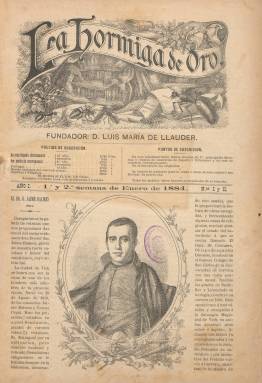
Título: La Hormiga de oro
Otros títulos: Ilustración católica, la hormiga de oro
Colección: Religión || Carlismo || Revistas de información general
Ámbito geográfico: Barcelona
Lugar de publicación: Barcelona
Fechas: 01/01/1884-16/07/1936

El fuerte arraigo en Cataluña del carlismo y el neocatolicismo tiene una figura fundamental en el último tercio del siglo diecinueve en el periodista y político Lluís Maria de Llauder i de Dalmases (1837-1902), quien durante el Sexenio Democrático había fundado y dirigido en Barcelona el diario La  convicción (1870-1873), durante la Restauración dirigirá El correo catalán (1876), el diario oficial español más importante de este movimiento dinástico tradicionalista y antiliberal, y en enero de 1884 fundará este semanario, que adoptará el subtítulo “la ilustración católica”, al que dotará de un “aire de modernidad que la convierte en una de las mejores revistas españolas” (Arias Durá: 2013), y cuya vida alcanzará hasta el 16 de julio de 1936. El carácter militante y combativo del denominado tradicionalismo legitimista será adaptado a las nuevas exigencias del periodismo moderno por este hombre de “acerada pluma” y de iniciativas empresariales (Gómez Aparicio: 1971), que también participará en la fundación de El correo español (1888).

La finalidad de Llauder fue intentar captar un público más extenso para la causa carlista, y combatir a la prensa liberal a través de un producto editorial que mezclaba doctrina política, integrismo católico y periodismo ameno y gráfico. Para ello funda La Hormiga de Oro, con un formato parecido a La ilustración española y americana (1869-1921), a la que incorpora excelentes grabados que ocuparán su portada y contraportada, sus páginas centrales (a veces con láminas y a color) e importante espacio en las restantes, en cuadernillos de más de una docena de páginas, que después ampliará en torno a las dos docenas (Sánchez Vigil: 2008).

Mucho más cuidada en su presentación que las demás revistas católicas ilustradas (Brigitte Magnien: 1995) pasará de una tirada de 8.000 ejemplares en 1886, a 30.000, en 1902. Su cabecera se integra en un grabado con diferentes símbolos relativos a su título, el arte, el trabajo y las ciencias y a la iglesia católica –que tendrá algunas variaciones- y fue diseñada por Ros, según Sánchez Vigil. Su fundador quiso hacer frente a lo que consideraba “influencia dañina que ejercen en el seno de las familias y de la juventud la multitud de periódicos e ilustraciones racionalistas, de moral relajada y fomentadoras del materialismo y descreimiento modernos” (enero 1893).

Cada entrega comienza al principio con el grabado de un retrato y la semblanza hagiográfica de prohombres del catolicismo integrista y de su jerarquía o de personajes históricos de los que resaltan sus afinidades religiosas. Así, la primera que publica está dedicada al teólogo Jaime Balmes (1810-1848). También serán muy frecuentes los artículos doctrinales acusando del aumento de la inmoralidad que a su juicio encarnaban unas nuevas costumbres y actitudes sociales, que se iban alejando proporcionalmente de las tradicionales católicas, desde las liberales hasta las socialistas. La revista siempre estará estructurada en secciones, que irán evolucionando a lo largo de su vida adaptándose a cada periodo histórico y a los nuevos modelos sociales y periodísticos.

Da cuenta de los santos de la semana, publica crónicas y noticias tanto nacionales como extranjeras; documentos eclesiásticos y alocuciones pontificias; reseñas legislativas, revistas de prensa e, incluso, folletines y narraciones de marcado carácter moralista-religioso. No sólo trata de religión y política, sino también de historia, arte, ciencia, finanzas, economía, comercio o agricultura. Da espacio a la divulgación de conocimientos útiles o a la moda, dando cabida también al humor gráfico y político, o a una sección recreativa, con poemas, charadas o fuga de vocales. Otra de sus destacadas secciones es la dedicada a bibliografía, dedicada a recomendar la lecturas de obras de tipo piadoso y religioso, muchas de las cuales salían de las mismas prensas de La Hormiga de Oro, librería, imprenta y editorial “colocada bajo el patrocinio del Sagrado Corazón de Jesús” que el propio Llauder estableció entre 1885 y 1887 y en donde estampará también su revista.

En muchos de sus textos utilizará el diálogo, la conversación o las peguntas y respuestas al considerar estos estilos como más asequibles a sus lectores, e informará sobre las actividades de la iglesia católica, sus congresos, romerías, procesiones, fiestas, nombramientos, necrológicas, visitas oficiales o actividades de sus sociedades benéficas y círculos.

Aunque el siete de noviembre de 1891 insertó su primera fotografía, con el nuevo siglo la revista se innovará nuevamente incorporándolas masivamente en sus páginas (sobre todo a partir de 1910), y coincidiendo con la Primera Asamblea Nacional de La Buena Prensa, celebrada en Sevilla el 15 de junio de 1904, quienes habían considerado previamente a la prensa como “un peligro”, enfrentarán su autodenominada “buena prensa” a la que califican “mala prensa”, es decir, la liberal, que, a su juicio, “envenena a las inteligencias, trastorna los hogares y pervierte a la sociedad entera”.

Llauder, que a partir de 1888, tras la escisión de los integristas, será el máximo dirigente catalán de Comunión Tradicionalista, nombrará en 1885 como director de la revista a Sebastià Josep Carner (1850-), que será sustituido por José María Riqué Estivill a partir de 1904. En torno a 1915 toma la dirección LLuís Carles Viada i Lluch (1863-1938), y alrededor de 1920 Eleuterio Pibernat y Miguel (1884-1926), quien tras su muerte lo releva provisionalmente el sacerdote y publicista José Tarré y Sans (1884-1957). Su último director, entre 1926 y 1936, será de nuevo Viada i Lluch. Todos ellos vinculados a los círculos católicos de la burguesía catalana, a los que hay que añadir a quien fue su gerente: Gervasi Puiggrós.

El elenco de sus firmas es muy extenso, integrado por periodistas, escritores, dibujantes y fotógrafos, contando también con corresponsales. Una de las más asiduas será la del sacerdote y propagandista Fèlix Sardà i Salvany (1841-1916), que publica por entregas su trabajo titulado El liberalismo es pecado. Entre sus redactores y colaboradores estuvieron el catedrático y político Manuel Polo y Peirolón (1846-1918) o Manuel Casasnovas Sanz, perteneciendo la mayor parte de ellos al partido carlista. Entre sus seudónimos destacan Adelac y Arquímedes.

Además de su galería de retratos, publica excelentes grabados de vistas, monumentos, arqueología, descubrimientos, viajes, naturaleza o costumbres, y Joaquín Xaudaró (1872-1933) fue uno de los dibujantes de sus viñetas. Reproduce también obras de Burgess, Fortuny, Murillo, Velázquez, Rembrandt, Ribera, Rubens o Tiziano. Con el nuevo siglo va sustituyendo parte de sus grabados por fotografías de actualidad, bajo las que aparecerán las firmas de más de 350 autores, entre ellos Merletti (1860-1943), Sagarra (1894-1959), Ojanguren (1887-1972), Borrell, Brangulí, Cabedo, Felici, Marín o Mateo.

En la tesis doctoral sobre este título de Raquel Arias Durá (2013), dirigida por Sánchez Vigil, en la que analiza su fondo fotográfico depositado en la Reial Acadèmia Catalana de Belles Arts de Sant Jordi (Barcelona), se concluye que La Hormiga de Oro  fue el órgano del catolicismo y del carlismo en España, como combatiente antiliberal y una de las principales revistas gráficas españolas de difusión nacional, emparentada con La Ilustración española y americana (1869-1921), Blanco y negro (1891-2000), Nuevo mundo (1894-1933), Mundo gráfico (1911-1938) o La esfera (1914-1931). La revista tiene foliación continuada anual y cada año reinicia la numeración de sus entregas. También publicó anualmente un índice general de las principales materias y el 30 de enero de 1909 edita un número conmemorativo de sus bodas de plata. Entre otras obras de referencia, cabe citar los trabajos sobre este título y la prensa católica catalana de Hibbs-Lissorgues de 1984, 1991, 1993 y 1994.